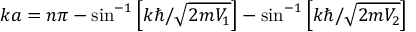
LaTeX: k a = n \pi - \sin ^ { - 1 } \left[ k \hbar / { \sqrt { 2 m V _ { 1 } } } \right] - \sin ^ { - 1 } \left[ k \hbar / { \sqrt { 2 m V _ { 2 } } } \right]